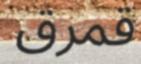
قمرق